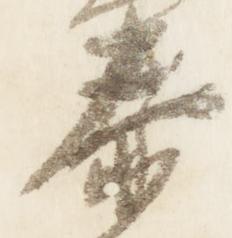
泰